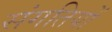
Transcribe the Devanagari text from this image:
संगतियों